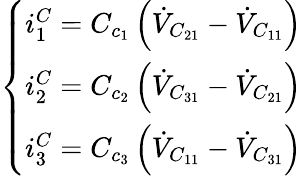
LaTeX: \left\{ \begin{array}{l}{i_{1}^{C}=C_{c_{1}}\left(\dot{V}_{C_{21}}-\dot{V}_{C_{11}}\right)}\\ {i_{2}^{C}=C_{c_{2}}\left(\dot{V}_{C_{31}}-\dot{V}_{C_{21}}\right)}\\ {i_{3}^{C}=C_{c_{3}}\left(\dot{V}_{C_{11}}-\dot{V}_{C_{31}}\right)}\end{array}\right.